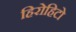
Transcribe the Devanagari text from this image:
हिरोहिटो